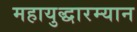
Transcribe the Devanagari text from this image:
महायुद्धारम्यान